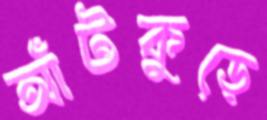
আঁটকুড়ে